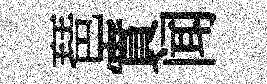
琶實闻